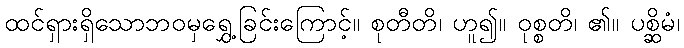
ထင်ရှားရှိသောဘဝမှရွှေ့ခြင်းကြောင့်။ စုတီတိ၊ ဟူ၍။ ဝုစ္စတိ၊ ၏။ ပစ္ဆိမံ၊